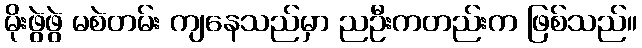
မိုးဖွဲဖွဲ မစဲတမ်း ကျနေသည်မှာ ညဦးကတည်းက ဖြစ်သည်။